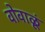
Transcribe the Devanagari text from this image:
वोवाळूं